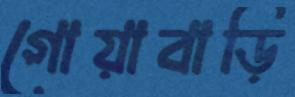
গোয়াবাড়ি